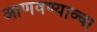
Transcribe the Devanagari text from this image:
आणवण्याव्चा